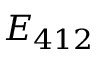
E _ { 4 1 2 }